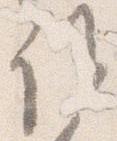
誰